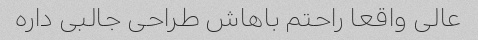
عالی واقعا راحتم باهاش طراحی جالبی داره